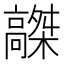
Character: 𩫤